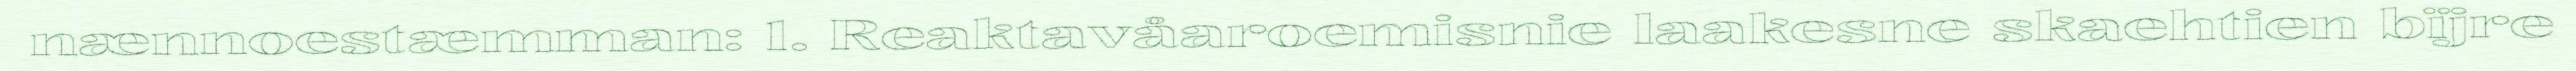
nænnoestæmman: 1. Reaktavåaroemisnie laakesne skaehtien bïjre